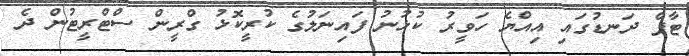
ޓާފް ދަނޑުގައި އިއްޔެ ހަވީރު ކުޅުނު ފައިނަލުގެ ކުރީކޮޅު ގްރީން ސްޓްރީޓުން ދެ